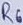
Text: R6